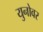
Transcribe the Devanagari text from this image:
युनोवर